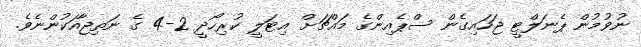
ނުވުމުން ޕެނަލްޓީ ޖަހައިގެން ސްޕެއިންގެ މައްޗަށް އިޓަލީ ކުރިހޯދީ 2-4 ގެ ނަތިޖާއަކުންނެވެ.